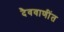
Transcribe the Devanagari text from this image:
दैववाणींत